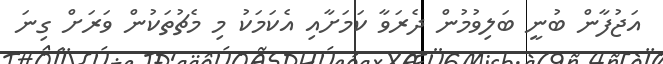
އަޖުފާން ބުނީ ބަލިވުމުން ދެރަވާ ކަމަށާއި އެކަމަކު މި މެޗުތަކުން ވަރަށް ގިނަ